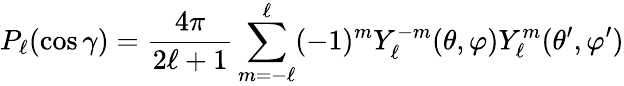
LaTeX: P_{\ell}(\cos\gamma)={\frac{4\pi}{2\ell+1}}\sum_{m=-\ell}^{\ell}(-1)^{m}Y_{\ell}^{-m}(\theta,\varphi)Y_{\ell}^{m}(\theta^{\prime},\varphi^{\prime})